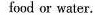
food or water.